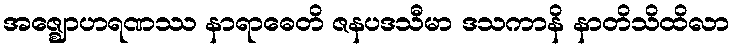
အဇ္ဈောဟရဏဿ နာရာဓေတိ ဇနပဒသီမာ ဒသကာနိ နာတိသိထိလာ